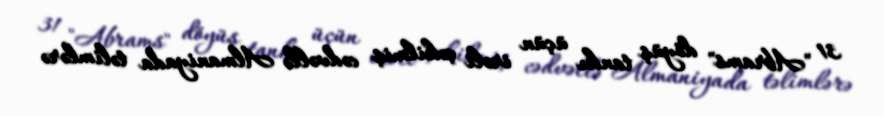
31 "Abrams" döyüş tankı üçün irəli çəkilmiş cədvəllə Almaniyada təlimlərə